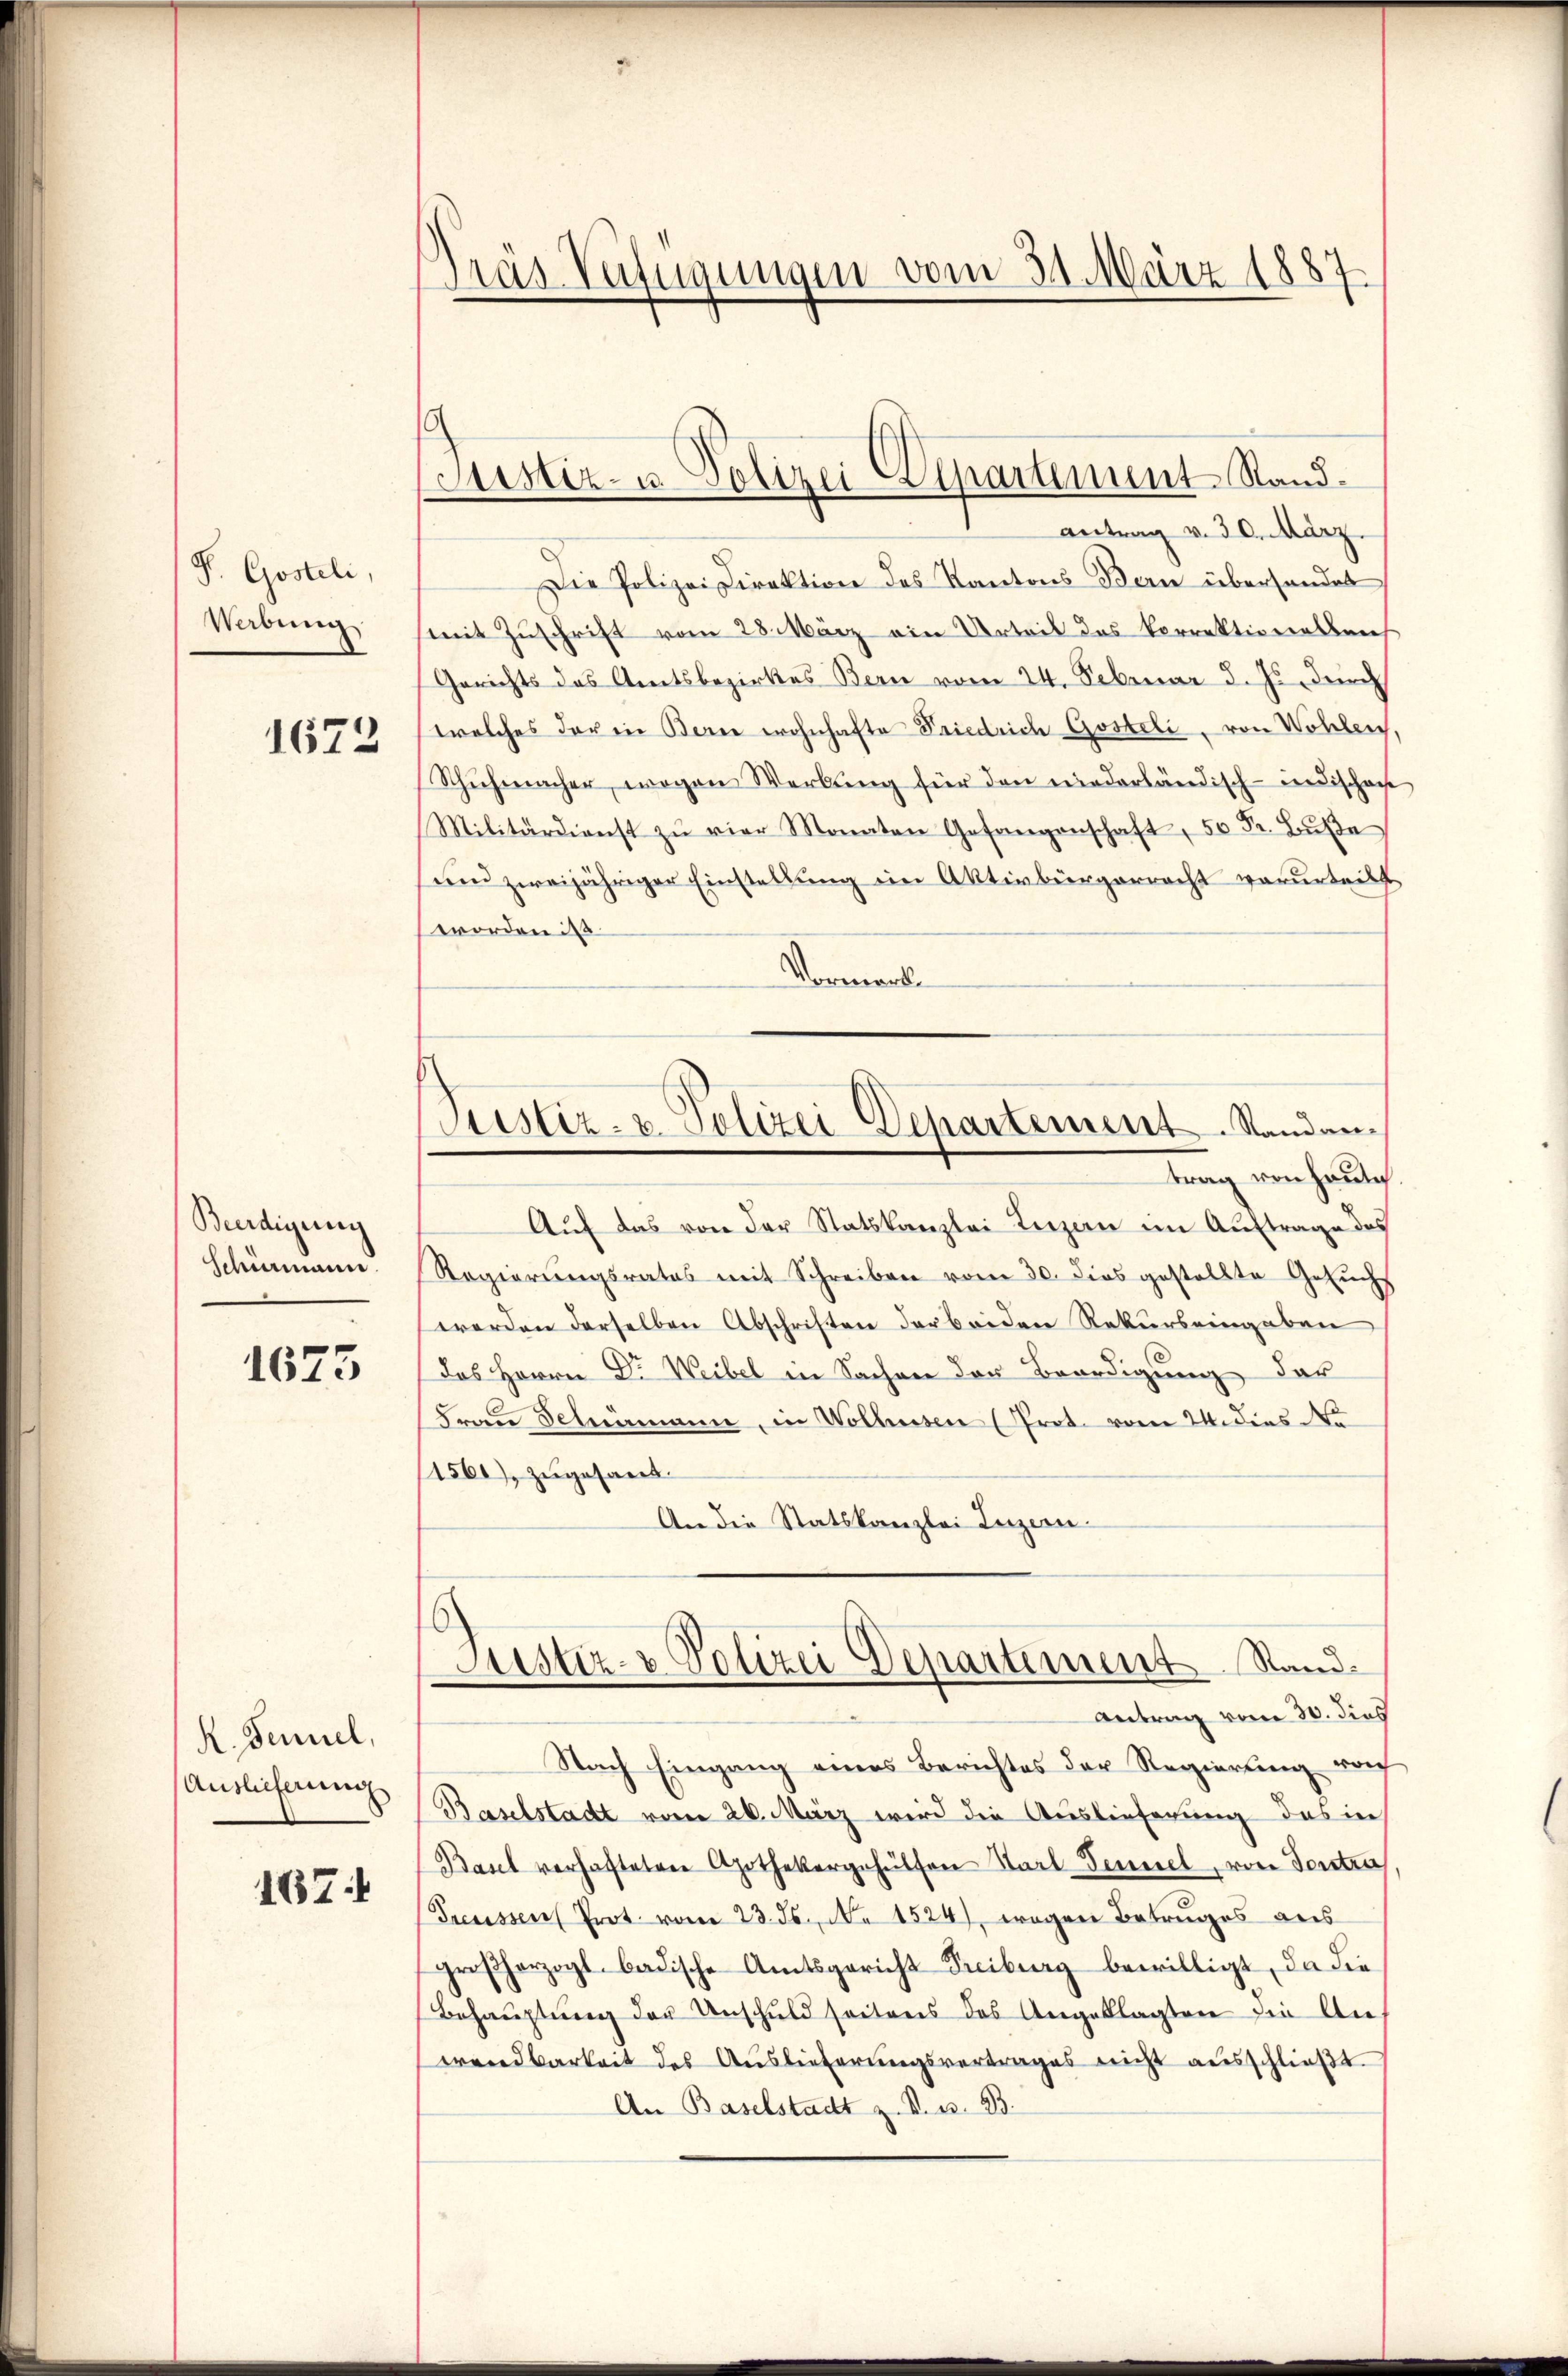
P. Gosteli,
Webung

1672

Beerdigung
Schömann.

1673

R. Jennel,
Auslieferung

167

das Verfügungen vom 31. März 1887.

Justiz- u. Polizei- Eepartement Stand¬

Antrag v. 30. März.
Die Polizei Direktion des Kantons Bern überhandet
(mit Zuschrift vom 28. März ein Urteil des Vorrektionalben
(Gerichts das Amtsbezirkes Bern vom 24. Februar d. Js. durch
welches der in Berne wohnhafte Friedrich Gosteli, von Wohlen
Schuhmacher, wegen Werbung für den niederländisch-indischen
Militärdienst zŭ vier Monaten Gefangenschaft 50 Fr. Bŭβe
und zweijähriger Einstellung im Aktivbürgerrecht verurteilt
worden des
Vormerk
trag von heutig
Auf das von der Statskanzlei Lenzen im Auftrage des
Regierungsrates mit Schreiben vom 30. dies gestellte Gesuchs
werden derselben Abschriften der beiden Rekurs eingaben
das Herrn Dr Weibel in Sachen der Beerdigung der
Frau Schemann, in Wolliessen (Prot. vom 24. dies Na
1561), zugesand.
An die Statskanzlei Luzern.
Justiz- & Polizei Departement Stand.
Antrag vom 30. dies
Nach Eingang eines Berichtes der Regierung noch
Baselstadt vom 26. März wird die Auslieferung des in
Basel verhafteten Apothekergehülfen Staat demsel, von Tontra
Preussen Prot. vom 23. ds. No 1524), wegen Betruges aus
großherzogl. badische Amtsgericht Freiburg bewilligt, da die
Behauptung der Unschuld seitens des Angeklagten die Anwendbarkeit des Auslieferungsvertrages nicht ausschlieβt
An Baselstadt z. B. u. 83.

Justiz- & Polizei Departement. Standan-